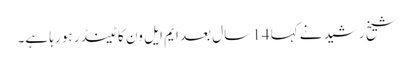
شیخ رشید نے کہا 14 سال بعد ایم ایل ون کا ٹینڈر ہو رہا ہے۔